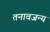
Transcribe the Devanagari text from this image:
तनावजन्य